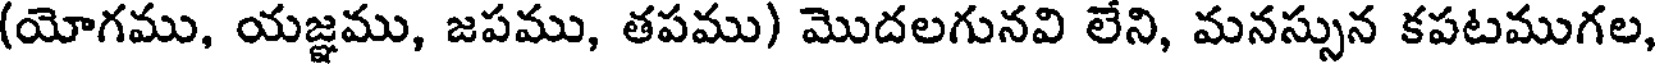
(యోగము, యజ్ఞము, జపము, తపము) మొదలగునవి లేని, మనస్సున కపటముగల,